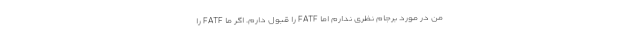
من در مورد برجام نظری ندارم اما FATF را قبول دارم. اگر ما FATF را